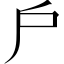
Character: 戶